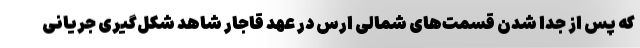
که پس از جدا شدن قسمت‌های شمالی ارس در عهد قاجار شاهد شکل‌گیری جریانی